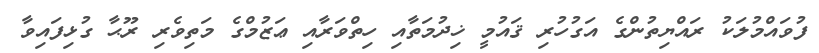
ފުވައްމުލަކު ރައްޔިތުންގެ އަގުހުރި ޤައުމީ ޚިދުމަތާއި ހިތްވަރާއި ޢަޒުމްގެ މަތިވެރި ރޫޙާ ގުޅިފައިވާ